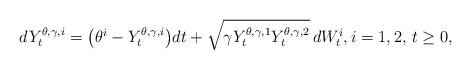
\begin{align*}dY^{\theta,\gamma,i}_t=\big(\theta^i-Y^{\theta,\gamma,i}_t\big)dt+\sqrt{\gamma Y^{\theta,\gamma,1}_tY^{\theta,\gamma,2}_t}\,dW^i_t,i=1,2,\,t\geq0,\end{align*}